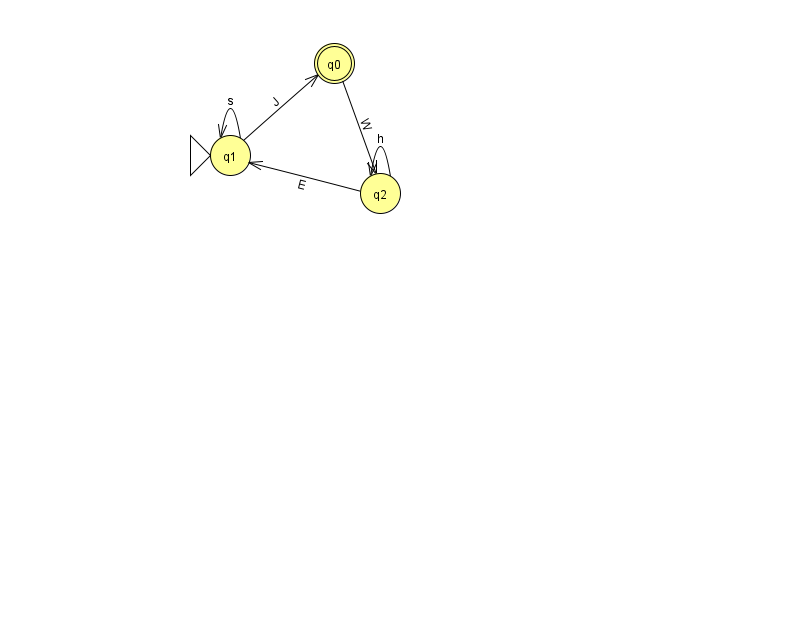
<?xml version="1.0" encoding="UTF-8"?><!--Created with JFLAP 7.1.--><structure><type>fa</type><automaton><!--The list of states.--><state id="0" name="q0"><x>334.0</x><y>50.0</y><final/></state><state id="1" name="q1"><x>230.0</x><y>142.0</y><initial/></state><state id="2" name="q2"><x>380.0</x><y>180.0</y></state><!--The list of transitions.--><transition><from>1</from><to>0</to><read>J</read></transition><transition><from>2</from><to>1</to><read>E</read></transition><transition><from>1</from><to>1</to><read>s</read></transition><transition><from>0</from><to>2</to><read>W</read></transition><transition><from>2</from><to>2</to><read>h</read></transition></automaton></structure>